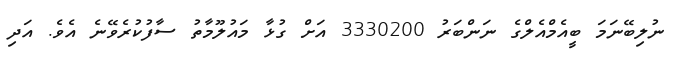
ނުލިބޭނަމަ ބީއެމްއެލްގެ ނަންބަރު 3330200 އަށް ގުޅާ މައުލޫމާތު ސާފުކުރެވޭނެ އެވެ. އަދި